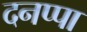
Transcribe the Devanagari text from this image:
दनप्पा